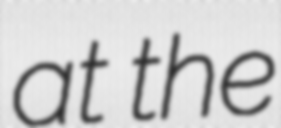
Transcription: at the